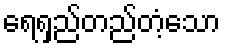
ရေရှည်တည်တံ့သော